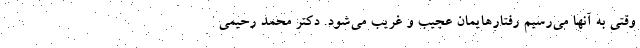
وقتی به آنها می‌رسیم رفتارهایمان عجیب و غریب می‌شود. دکتر محمد رحیمی